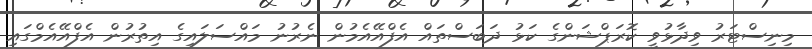
މިނިސްޓަރު ވިދާޅުވީ ކޮރަޕްޝަންގެ ކަޅު ދަބަސްތައް އެފްއޭއެމުން ނެރުނު މައްސަލައިގެ އިތުރުން އެފްއޭއެމްގައި